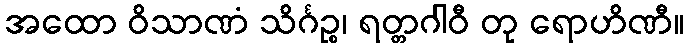
အထော ဝိသာဏံ သိင်္ဂဉ္စ၊ ရတ္တဂါဝီ တု ရောဟိဏီ။